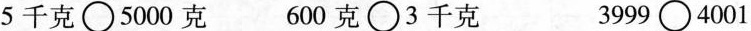
5千克\bigcirc5000克 600克\bigcirc3千克 3999\bigcirc4001